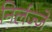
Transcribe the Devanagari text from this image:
निर्लज्जे